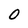
Character: O